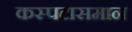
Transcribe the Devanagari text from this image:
कस्पटासमान